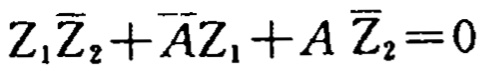
$Z_{1} \overline{Z}_{2}+\overline{A}Z_{1}+A \overline{Z}_{2}=0$